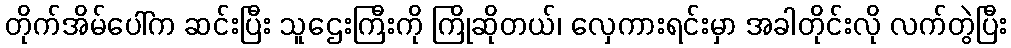
တိုက်အိမ်ပေါ်က ဆင်းပြီး သူဌေးကြီးကို ကြိုဆိုတယ်၊ လှေကားရင်းမှာ အခါတိုင်းလို လက်တွဲပြီး